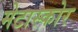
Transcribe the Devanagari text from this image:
मेटास्कोर